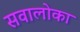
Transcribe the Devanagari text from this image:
सवालोका